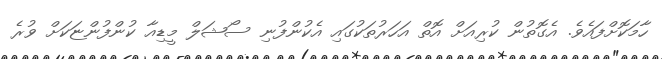
ހާމަކޮށްފައެވެ. އެގޮތުން ކުރިއަށް އޮތް އަހަރުތަކުގައި އެކުންފުނި ސޯޝަލް މީޑިއާ ކުންފުންޏަކަށް ވުރެ